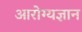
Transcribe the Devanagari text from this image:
आरोग्यज्ञान